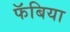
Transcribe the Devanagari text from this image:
फॅबिया